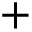
+